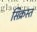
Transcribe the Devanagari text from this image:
सिक्रस्त